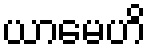
ယာမေဟိ